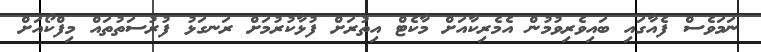
ނަމަވެސް ފެއާގައި ބައިވެރިވުމުން އެމެރިކާއަށް މާކެޓް އިތުރަށް ފުޅާކުރުމަށް ރަނގަޅު ފުރުސަތުތައް މިފްކޯއަށް